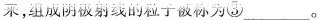
采，组成阴极射线的粒子被称为③ ___。